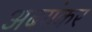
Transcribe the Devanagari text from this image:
अबयंकर